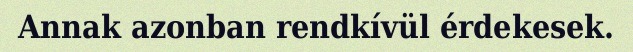
Annak azonban rendkívül érdekesek.